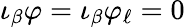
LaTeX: \iota_{\beta}\varphi=\iota_{\beta}\varphi_{\ell}=0